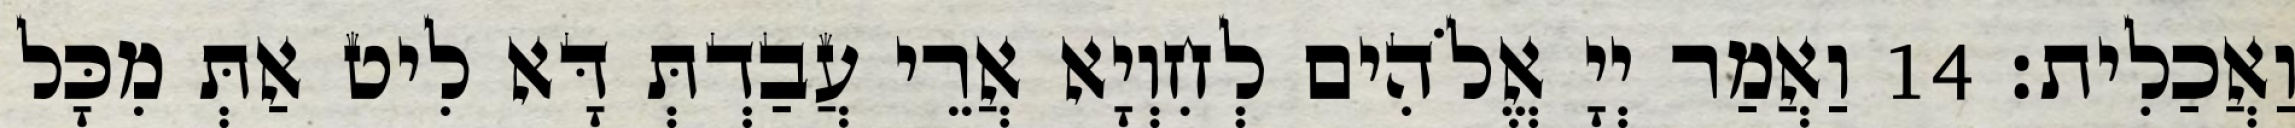
וַאֲכַלִית׃ 14 וַאֲמַר יְיָ אֱלֹהִים לְחִוְיָא אֲרֵי עֲבַדְתְּ דָּא לִיט אַתְּ מִכָּל